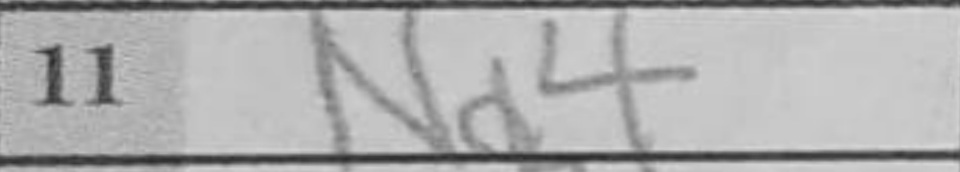
Transcription: Na4